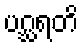
ပဂ္ဃရတိ